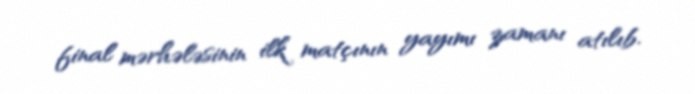
final mərhələsinin ilk matçının yayımı zamanı atılıb.